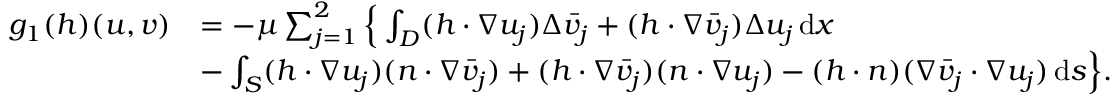
\begin{array} { r l } { g _ { 1 } ( h ) ( u , v ) } & { = - \mu \sum _ { j = 1 } ^ { 2 } \Big \{ \int _ { D } ( h \cdot \nabla u _ { j } ) \Delta \bar { v } _ { j } + ( h \cdot \nabla \bar { v } _ { j } ) \Delta { u } _ { j } \, \mathrm { d } x } \\ & { - \int _ { S } ( h \cdot \nabla u _ { j } ) ( n \cdot \nabla \bar { v } _ { j } ) + ( h \cdot \nabla \bar { v } _ { j } ) ( n \cdot \nabla { u } _ { j } ) - ( h \cdot n ) ( \nabla \bar { v } _ { j } \cdot \nabla u _ { j } ) \, \mathrm { d } s \Big \} . } \end{array}